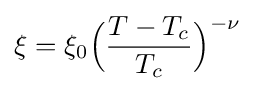
\xi =\xi _{0}{\Big (}{\frac {T-T_{c}}{T_{c}}}{\Big )}^{-\nu }